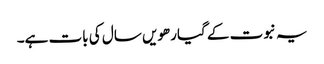
یہ نبوت کے گیارھویں سال کی بات ہے۔